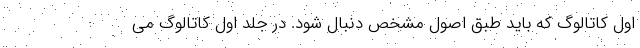
اول کاتالوگ که باید طبق اصول مشخص دنبال شود. در جلد اول کاتالوگ می